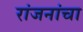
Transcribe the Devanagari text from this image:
रांजनांचा